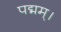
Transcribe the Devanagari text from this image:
पद्मम्।